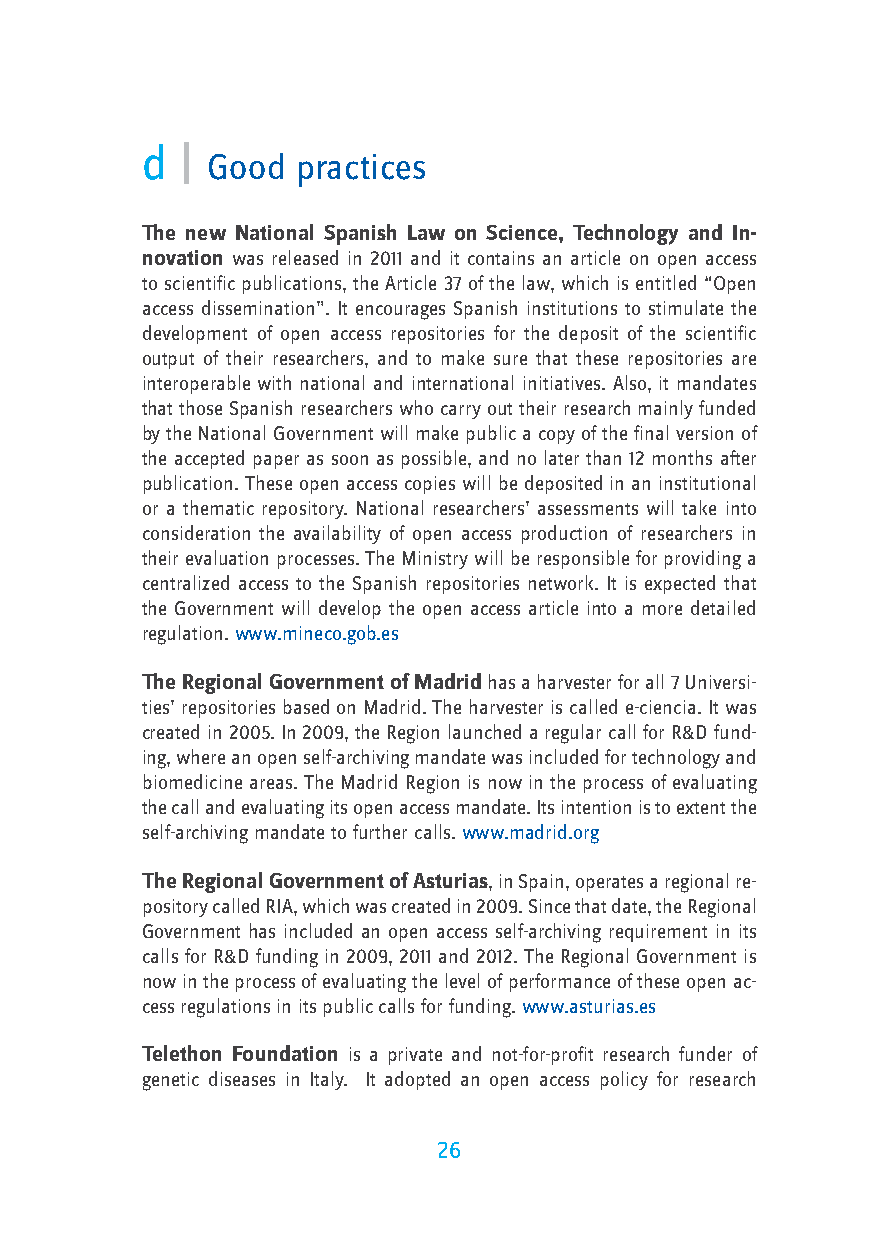
d  |
 Good  practices
 The new National Spanish Law on Science, Technology and In-
 novation was released in 2011 and it contains an article on open access
 to scientific publications, the Article 37 of the law, which is entitled “Open
 access dissemination”. It encourages Spanish institutions to stimulate the
 development of open access repositories for the deposit of the scientific
 output of their researchers, and to make sure that these repositories are
 interoperable with national and international initiatives. Also, it mandates
 that those Spanish researchers who carry out their research mainly funded
 by the National Government will make public a copy of the final version of
 the accepted paper as soon as possible, and no later than 12 months after
 publication. These open access copies will be deposited in an institutional
 or a thematic repository. National researchers’ assessments will take into
 consideration the availability of open access production of researchers in
 their evaluation processes. The Ministry will be responsible for providing a
 centralized access to the Spanish repositories network. It is expected that
 the Government will develop the open access article into a more detailed
 regulation. www.mineco.gob.es
 The Regional Government of Madrid has a harvester for all 7 Universi-
 ties’ repositories based on Madrid. The harvester is called e-ciencia. It was
 created in 2005. In 2009, the Region launched a regular call for R&D fund-
 ing, where an open self-archiving mandate was included for technology and
 biomedicine areas. The Madrid Region is now in the process of evaluating
 the call and evaluating its open access mandate. Its intention is to extent the
 self-archiving mandate to further calls. www.madrid.org
 The Regional Government of Asturias, in Spain, operates a regional re-
 pository called RIA, which was created in 2009. Since that date, the Regional
 Government has included an open access self-archiving requirement in its
 calls for R&D funding in 2009, 2011 and 2012. The Regional Government is
 now in the process of evaluating the level of performance of these open ac-
 cess regulations in its public calls for funding. www.asturias.es
 Telethon Foundation is a private and not-for-profit research funder of
 genetic diseases in Italy. It adopted an open access policy for research
 26